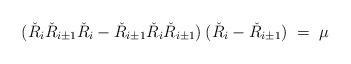
LaTeX: \begin{align*}(\check{R}_{i}\check{R}_{i\pm1}\check{R}_{i} - \check{R}_{i\pm1}\check{R}_{i}\check{R}_{i\pm1}) \:(\check{R}_{i}-\check{R}_{i\pm1}) \;=\; \mu\end{align*}